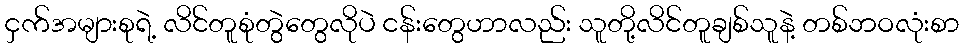
ငှက်အများစုရဲ့ လိင်တူစုံတွဲတွေလိုပဲ ငန်းတွေဟာလည်း သူတို့လိင်တူချစ်သူနဲ့ တစ်ဘဝလုံးစာ